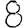
Digit: 8